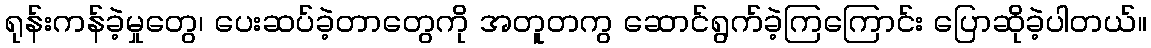
ရုန်းကန်ခဲ့မှုတွေ၊ ပေးဆပ်ခဲ့တာတွေကို အတူတကွ ဆောင်ရွက်ခဲ့ကြကြောင်း ပြောဆိုခဲ့ပါတယ်။